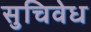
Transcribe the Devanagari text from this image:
सुचिवेध